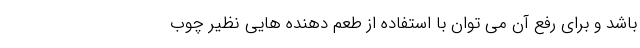
باشد و برای رفع آن می توان با استفاده از طعم دهنده هایی نظیر چوب